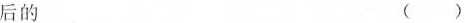
后的 ( )